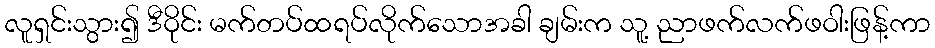
လူရှင်းသွား၍ ဒီဝိုင်း မက်တပ်ထရပ်လိုက်သောအခါ ချမ်းက သူ့ ညာဖက်လက်ဖဝါးဖြန့်ကာ